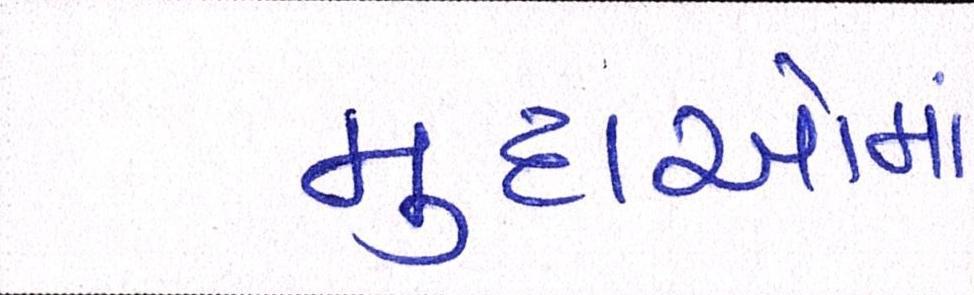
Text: મુદાઓમાં